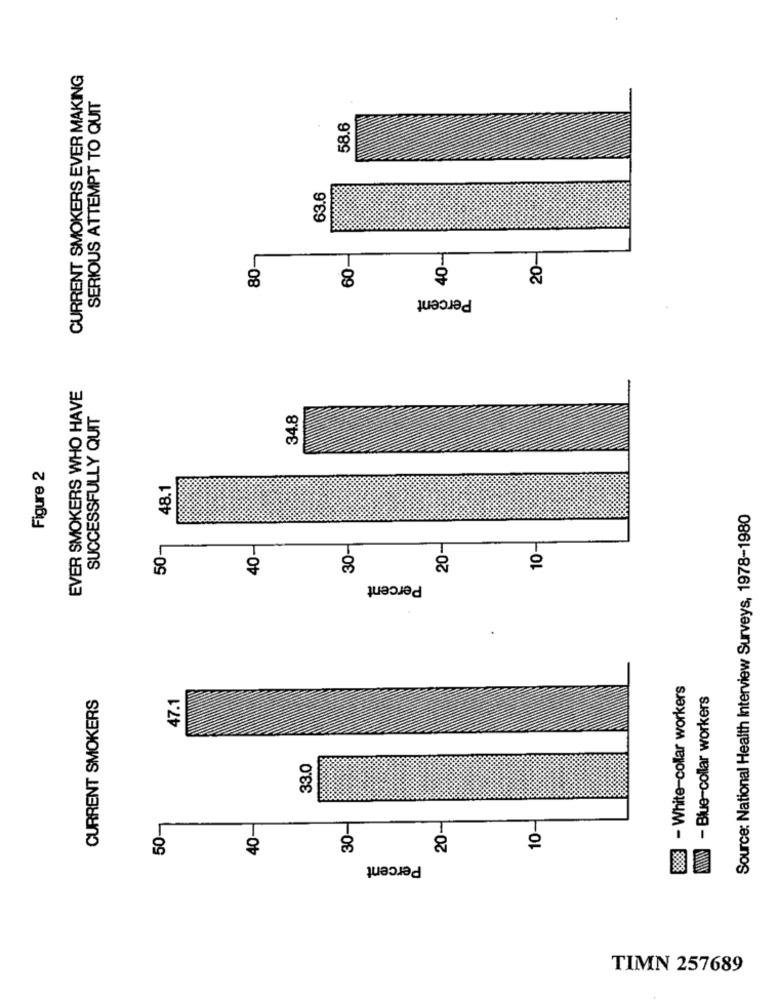
CURRENT SMOKERS EVER MAKING
SERIOUS ATTEMPT TO QUIT
58.6
63.6
80-
60-
40-
20-
Percent
EVER SMOKERS WHO HAVE
SUCCESSFULLY QUIT
34.8
Figure 2
48.1
Source: National Health Interview Surveys, 1978-1980
50-
40-
30-
20-
10-
Percent
8 - White-collar workers
CURRENT SMOKERS
47.1
WWW - Blue-collar workers
33.0
50-
30-
20-
10-
40-
Percent
TIMN 257689